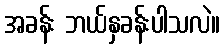
အခန်း ဘယ်နှခန်းပါသလဲ။